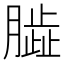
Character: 𦠊